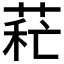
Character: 𦱐